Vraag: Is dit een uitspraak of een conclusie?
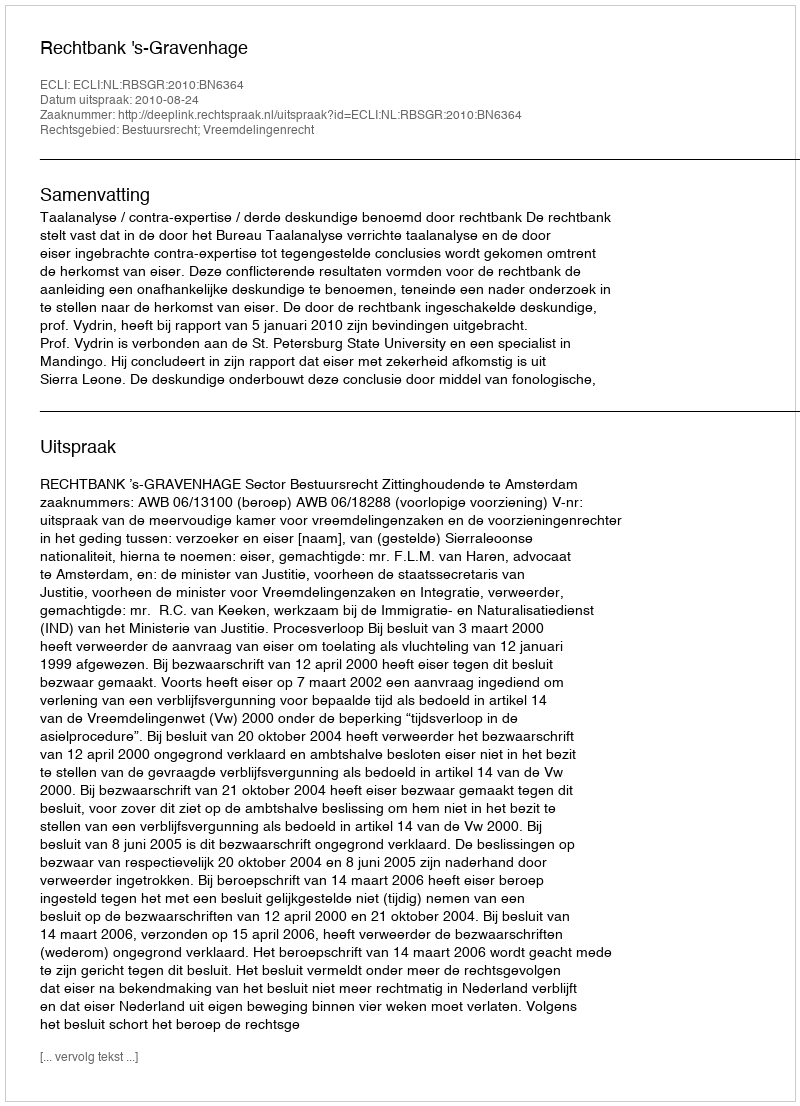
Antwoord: Uitspraak